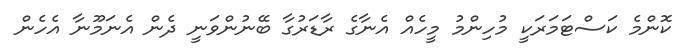
ކޮންމެ ކަސްޓަމަރަކީ މުހިންމު މީހެއް އެނާގެ ރާޑަރުގާ ބޭނުންވަނީ ދެން އެނަމޫނާ އެހެން